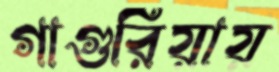
গাগুরিয়ায়